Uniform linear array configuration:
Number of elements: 32
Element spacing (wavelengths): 1
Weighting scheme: uniform
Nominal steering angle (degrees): -15
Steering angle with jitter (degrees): -13.43
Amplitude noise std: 0.05
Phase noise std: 0.05

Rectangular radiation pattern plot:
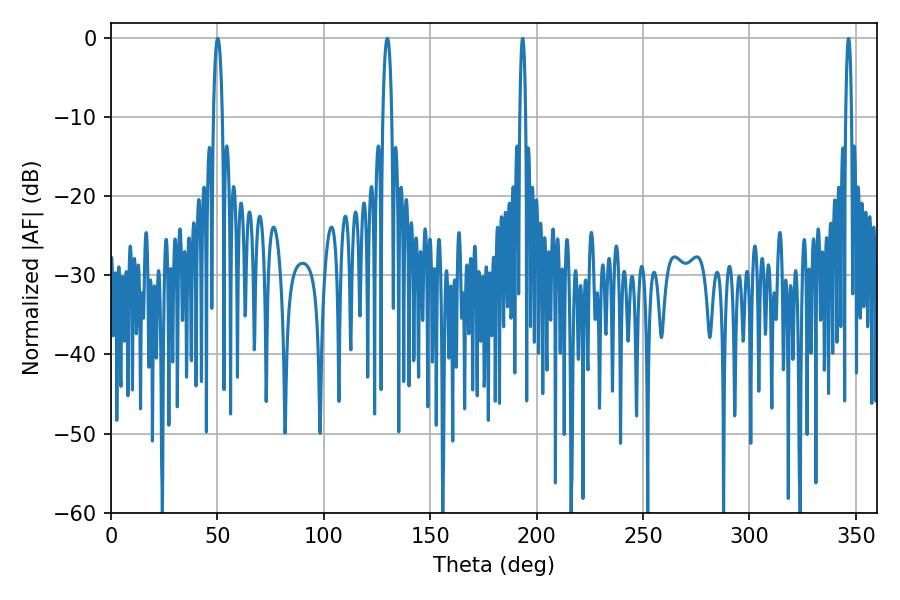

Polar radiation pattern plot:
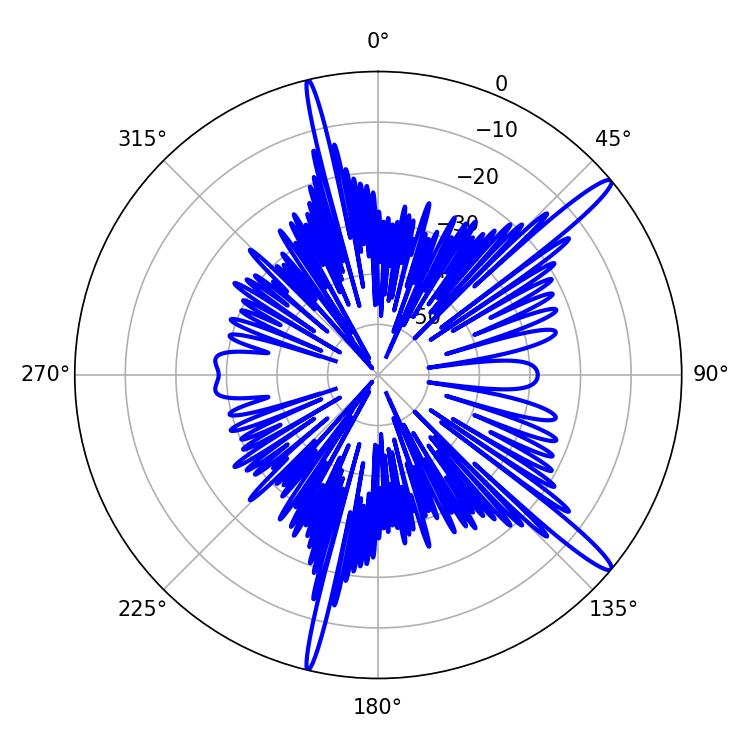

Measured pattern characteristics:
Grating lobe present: TRUE
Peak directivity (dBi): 15.265
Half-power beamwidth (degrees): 2.34
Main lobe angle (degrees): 129.78